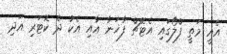
އެއީ މަތީ ފްލޯގައި އެޓޭޗް ފާޚަނާ އާާއި އެކު ދެ ކޮޓަރި އަދި